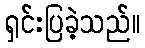
ရှင်းပြခဲ့သည်။